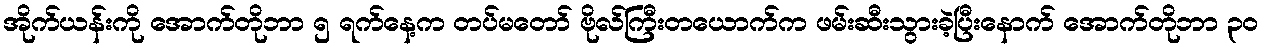
အိုက်ယန်းကို အောက်တိုဘာ ၅ ရက်နေ့က တပ်မတော် ဗိုလ်ကြီးတယောက်က ဖမ်းဆီးသွားခဲ့ပြီးနောက် အောက်တိုဘာ ၃၀